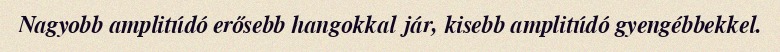
Nagyobb amplitúdó erősebb hangokkal jár, kisebb amplitúdó gyengébbekkel.